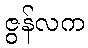
ဇွန်လက